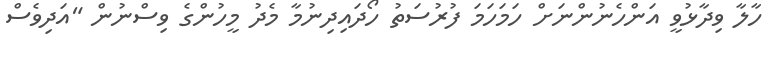
ހާލާ ވިދާޅުވީ އަންހެނުންނަށް ހަމަހަމަ ފުރުސަތު ހޯދައިދިނުމާ މެދު މީހުންގެ ވިސްނުން "އަދިވެސް